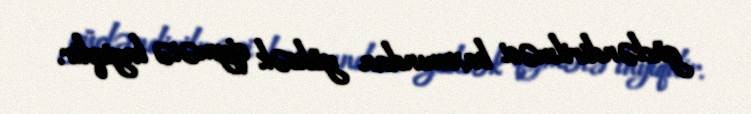
gücləndirilməsi baxımından yüksək qiymətə layiqdir.